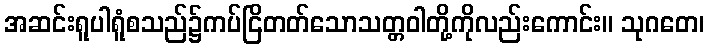
အဆင်းရူပါရူံစသည်၌ကပ်ငြိတတ်သောသတ္တဝါတို့ကိုလည်းကောင်း။ သုဂတေ၊